Language: tamil
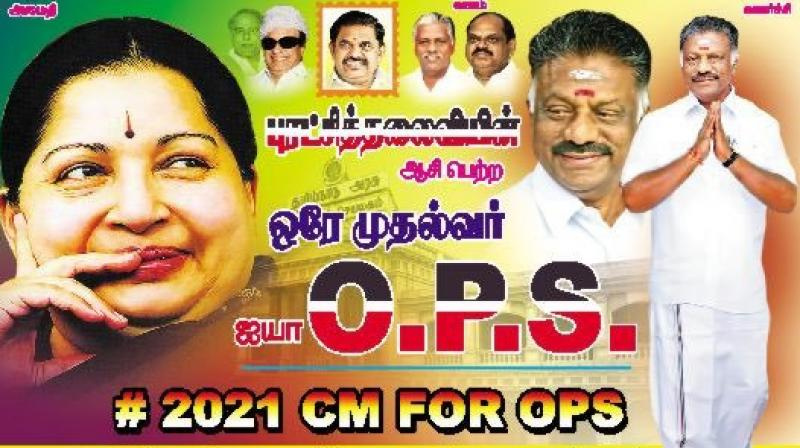
Transcription: தலைளிபிள் அ ஆசி பெற்ற முதல்வர் ஐயா ஒரே